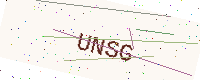
Text: UNSG